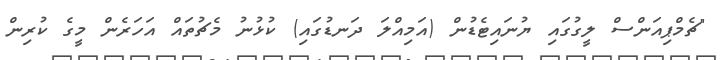
"ޗެމްޕިއަންސް ލީގުގައި ޔުނައިޓެޑުން (އަމިއްލަ ދަނޑުގައި) ކުޅުނު މެޗުތައް އަހަރެން މީގެ ކުރިން